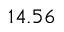
1 4 . 5 6